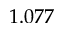
1 . 0 7 7